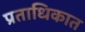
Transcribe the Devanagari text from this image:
प्रताधिकात